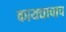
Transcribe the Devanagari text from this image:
कायद्याचाच